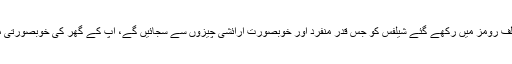
آپ اپنے گھر کے مختلف رومز میں رکھے گئے شیلفس کو جس قدر منفرد اور خوبصورت آرائشی چیزوں سے سجائیں گے، آپ کے گھر کی خوبصورتی میں اتنا ہی اضافہ ہوگا۔